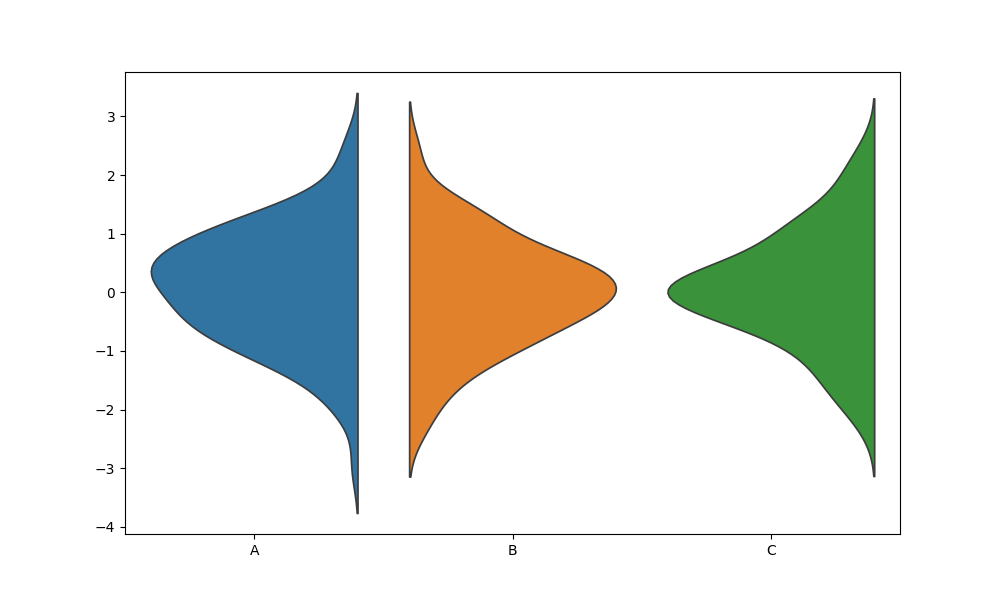
python, seaborn, violinplot, scale='count', split='True', inner='None', fill='True'